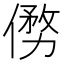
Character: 𠍢